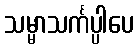
သမ္မာသင်္ကပ္ပါပေ